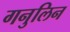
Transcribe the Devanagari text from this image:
गनुलिन